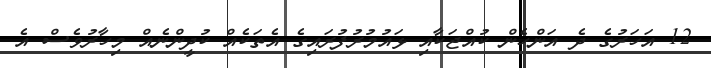
12 އަހަރުގެ ދެ އަންހެން ކުއްޖަކާއި ޅައުމުރުފުރައިގެ އެތަކެއް ކުދީންނެއް މިހާރުވެސް އެ